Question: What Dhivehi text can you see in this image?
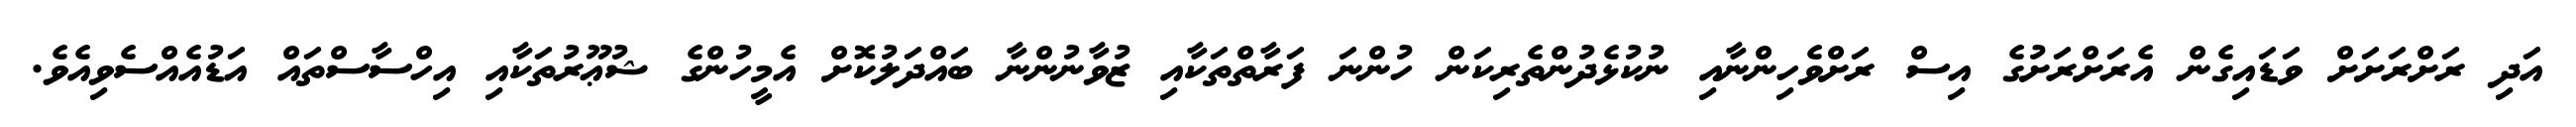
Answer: އަދި ރަށްރަށަށް ވަޑައިގެން އެރަށްރަށުގެ އިސް ރަށްވެހިންނާއި ނުކުޅެދުންތެރިކަން ހުންނަ ފަރާތްތަކާއި ޒުވާނުންނާ ބައްދަލުކޮށް އެމީހުންގެ ޝުޢޫރުތަކާއި އިހްސާސްތައް އަޑުއެއްސެވިއެވެ.